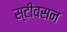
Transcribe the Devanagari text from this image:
स्टीवसन